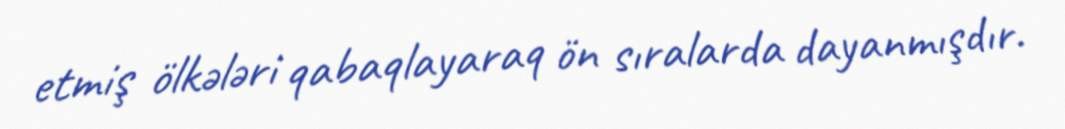
etmiş ölkələri qabaqlayaraq ön sıralarda dayanmışdır.